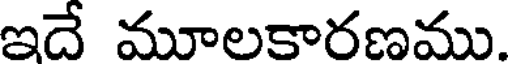
ఇదే మూలకారణము.